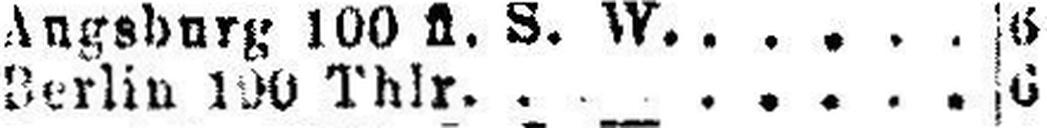
Berlin 100 Thlr. 6